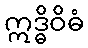
ဣဒ္ဓိဝိဓံ